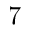
7